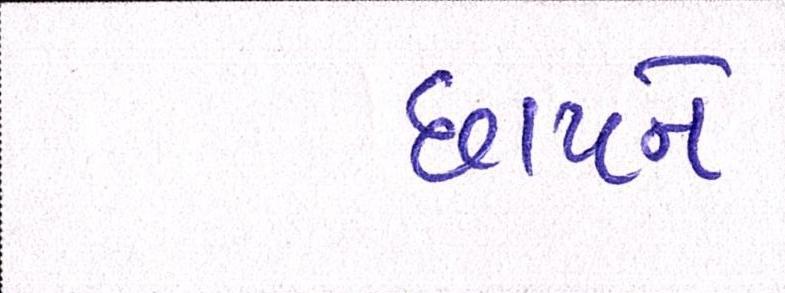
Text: છાપને